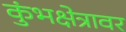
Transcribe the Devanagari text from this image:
कुंभक्षेत्रावर